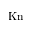
\mathrm { K n }